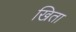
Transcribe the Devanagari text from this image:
खिता